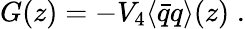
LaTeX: G(z)=-V_{4}\langle\bar{q}q\rangle(z)\; .